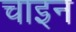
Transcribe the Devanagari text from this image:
चाइन